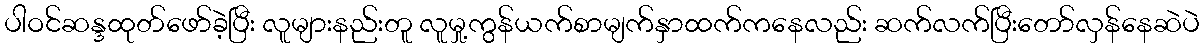
ပါဝင်ဆန္ဒထုတ်ဖော်ခဲ့ပြီး လူများနည်းတူ လူမှု့ကွန်ယက်စာမျက်နှာထက်ကနေလည်း ဆက်လက်ပြီးတော်လှန်နေဆဲပဲ